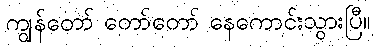
ကျွန်တော် တော်တော် နေကောင်းသွားပြီ။